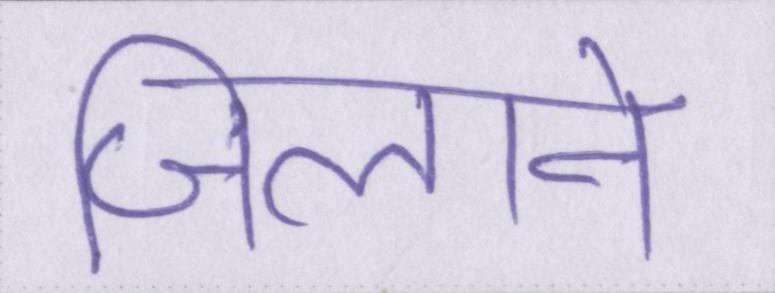
जिलाने